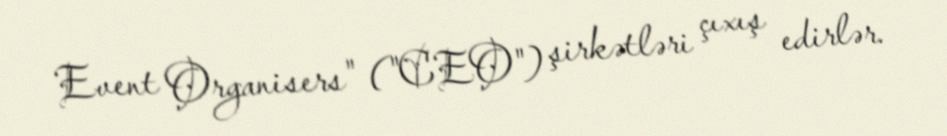
Event Organisers" ("CEO") şirkətləri çıxış edirlər.